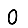
Digit: 0